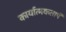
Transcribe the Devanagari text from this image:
कार्यात्मकताऍ